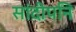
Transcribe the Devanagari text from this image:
सांदीपनि